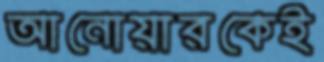
আনোয়ারকেই